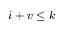
i + v \le k